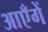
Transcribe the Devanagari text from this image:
आएँगें